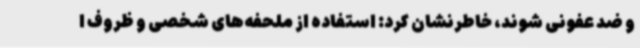
و ضد عفونی شوند، خاطرنشان کرد: استفاده از ملحفه‌های شخصی و ظروف ا